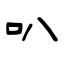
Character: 叭